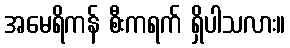
အမေရိကန် စီးကရက် ရှိပါသလား။